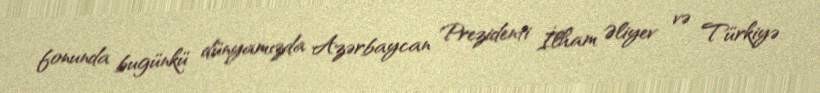
fonunda bugünkü dünyamızda Azərbaycan Prezidenti İlham Əliyev və Türkiyə